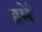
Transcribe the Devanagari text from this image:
हमे॑